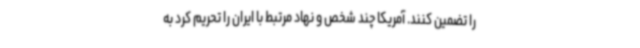
را تضمین کنند. آمریکا چند شخص و نهاد مرتبط با ایران را تحریم کرد به